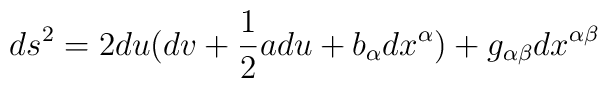
ds^2 = 2du(dv+\frac{1}{2}adu+b_{\alpha}dx^{\alpha})+g_{\alpha\beta}dx^{\alpha \beta}